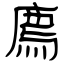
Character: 廌